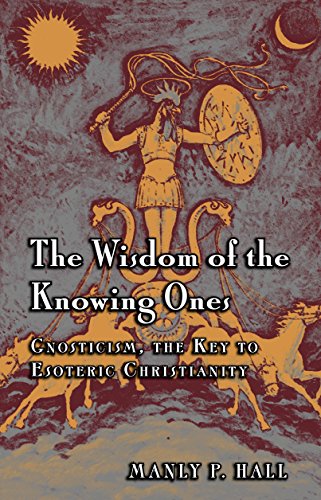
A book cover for The Wisdom of the Knowing Ones: Gnosticism: The Key to Esoteric Christianity; Manly P. Hall; Christian Books & Bibles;